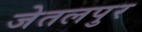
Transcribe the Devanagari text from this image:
जेतलपुर